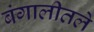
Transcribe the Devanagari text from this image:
बंगालीतले